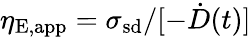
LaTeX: \eta_{\mathrm{E,app}}=\sigma_{\mathrm{sd}}/[-\dot{D}(t)]